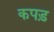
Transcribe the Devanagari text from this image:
कपड़